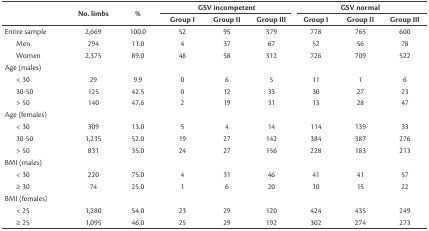
| <ROWSPAN=2>  | <ROWSPAN=2> No. limbs | <ROWSPAN=2> % | <COLSPAN=3> GSV incompetent | <COLSPAN=3> GSV normal |
 | Group I | Group II | Group III | Group I | Group II | Group III |
 | --- | --- | --- | --- | --- | --- | --- | --- | --- |
 | Entire sample | 2,669 | 100.0 | 52 | 95 | 379 | 778 | 765 | 600 |
 | Men | 294 | 11.0 | 4 | 37 | 67 | 52 | 56 | 78 |
 | Women | 2,375 | 89.0 | 48 | 58 | 312 | 726 | 709 | 522 |
 | Age (males) |  |  |  |  |  |  |  |  |
 | < 30 | 29 | 9.9 | 0 | 6 | 5 | 11 | 1 | 6 |
 | 30-50 | 125 | 42.5 | 0 | 12 | 33 | 30 | 27 | 23 |
 | > 50 | 140 | 47.6 | 2 | 19 | 31 | 13 | 28 | 47 |
 | Age (females) |  |  |  |  |  |  |  |  |
 | < 30 | 309 | 13.0 | 5 | 4 | 14 | 114 | 139 | 33 |
 | 30-50 | 1,235 | 52.0 | 19 | 27 | 142 | 384 | 387 | 276 |
 | > 50 | 831 | 35.0 | 24 | 27 | 156 | 228 | 183 | 213 |
 | BMI (males) |  |  |  |  |  |  |  |  |
 | < 30 | 220 | 75.0 | 4 | 31 | 46 | 41 | 41 | 57 |
 | ≥ 30 | 74 | 25.0 | 1 | 6 | 20 | 10 | 15 | 22 |
 | BMI (females) |  |  |  |  |  |  |  |  |
 | < 25 | 1,280 | 54.0 | 23 | 29 | 120 | 424 | 435 | 249 |
 | ≥ 25 | 1,095 | 46.0 | 25 | 29 | 192 | 302 | 274 | 273 |